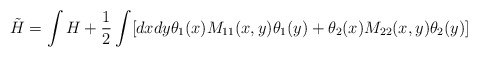
\begin{align*}\tilde H = \int H + {1\over2}\int[ dxdy\theta_1(x)M_{11}(x,y)\theta_1(y)+ \theta_2(x)M_{22}(x,y)\theta_2(y)]\end{align*}